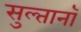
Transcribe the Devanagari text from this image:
सुल्तानॉ